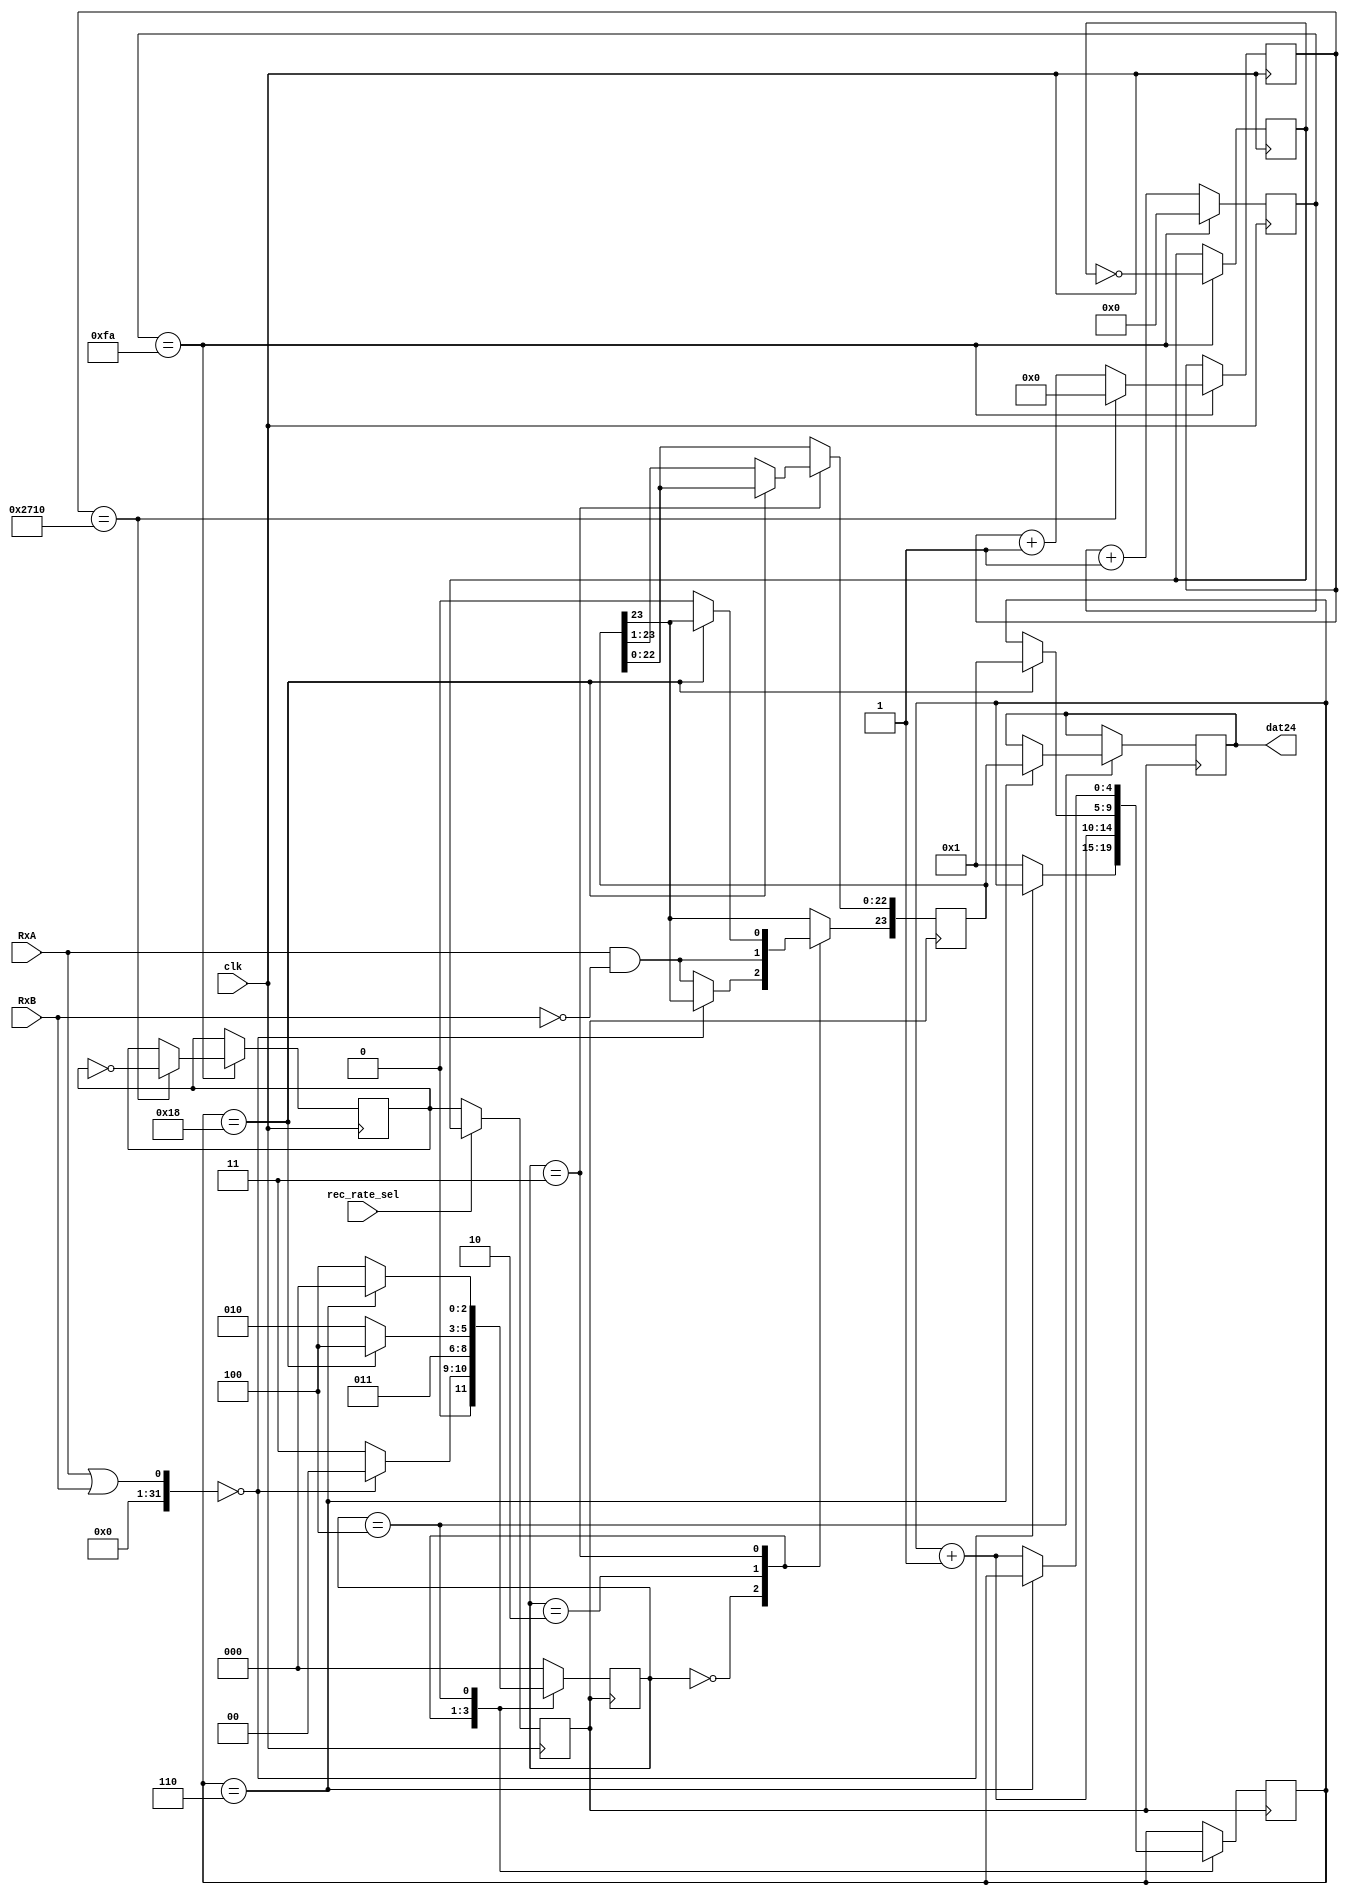
module rec(RxA,RxB,clk,rec_rate_sel,dat24);
output reg [23:0] dat24;
reg [23:0] buffer24;
input clk,rec_rate_sel;
input RxA,RxB;
reg [8:0] cnt_h;
reg [13:0] cnt_l;
reg clk_h,clk_l,clk_buff;
parameter Idle=0,BeginRx=1,RecBit=2,RecZero=3,RecNull=4;
reg [2:0] state;
reg [4:0] count;

always@(posedge clk)	//,clk_h(100k)clk_l(10)
begin
	if(cnt_h==250)
	begin
		cnt_h <= 0;
		clk_h <= ~clk_h;	//100k
		if(cnt_l==10000)
		begin
			cnt_l <= 0;
			clk_l <= ~clk_l;	//10
		end
		else
			cnt_l <= cnt_l+1;
	end
	else
		cnt_h <= cnt_h+1;
end

always@(posedge clk)	//
begin
	if(rec_rate_sel)
		clk_buff <= clk_h;
	else
		clk_buff <= clk_l;
end

always@(negedge clk_buff)	//,
begin
	case(state)
		Idle:
		begin
			if((RxA||RxB)==0)
				state <= Idle;
			else
			begin
				count <= 1;
				buffer24[23] <= (RxA)&&(~RxB);
				state <= RecZero;
			end
		end
		RecBit:
		begin
			count <= count+1;
			buffer24[23] <= (RxA)&&(~RxB);
			state <= RecZero;
		end
		RecZero:
		begin
			if(count==24)
			begin
				count <= 1;
				state <= RecNull;
			end
			else
			begin
				buffer24 <= buffer24>>1;
				state <= RecBit;
			end
		end
		RecNull:
		begin
			if(count==6)
			begin
				dat24 <= buffer24;
				state <= Idle;
			end
			else
			begin
				count <= count+1;
				state <= RecNull;
			end
		end
		default:
			state <= Idle;
	endcase
end 

endmodule